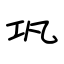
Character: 巩